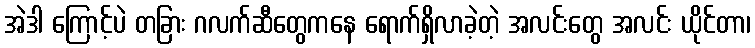
အဲဒါ ကြောင့်ပဲ တခြား ဂလက်ဆီတွေကနေ ရောက်ရှိလာခဲ့တဲ့ အလင်းတွေ အလင်း ယိုင်တာ၊